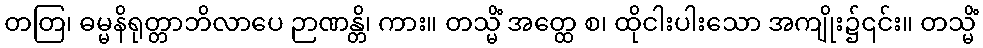
တတြ၊ ဓမ္မနိရုတ္တာဘိလာပေ ဉာဏန္တိ၊ ကား။ တသ္မိံ အတ္ထေ စ၊ ထိုငါးပါးသော အကျိုး၌၎င်း။ တသ္မိံ